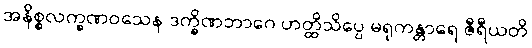
အနိစ္စလက္ခဏဝသေန ဒက္ခိဏဘာဂေ ဟတ္ထိသိပ္ပေ မရုကန္တာရေ ဇီရီယတိ